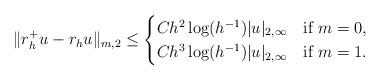
LaTeX: \begin{align*} \|r_h^+ u - r_h u\|_{m,2} \le \begin{cases}C h^2 \log(h^{-1}) |u|_{2,\infty} &\mbox{if } m=0, \\C h^3 \log(h^{-1}) |u|_{2,\infty} &\mbox{if } m=1.\end{cases}\end{align*}